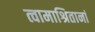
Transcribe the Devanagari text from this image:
त्वामाश्रितानां